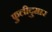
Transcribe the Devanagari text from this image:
फुलीदुमार